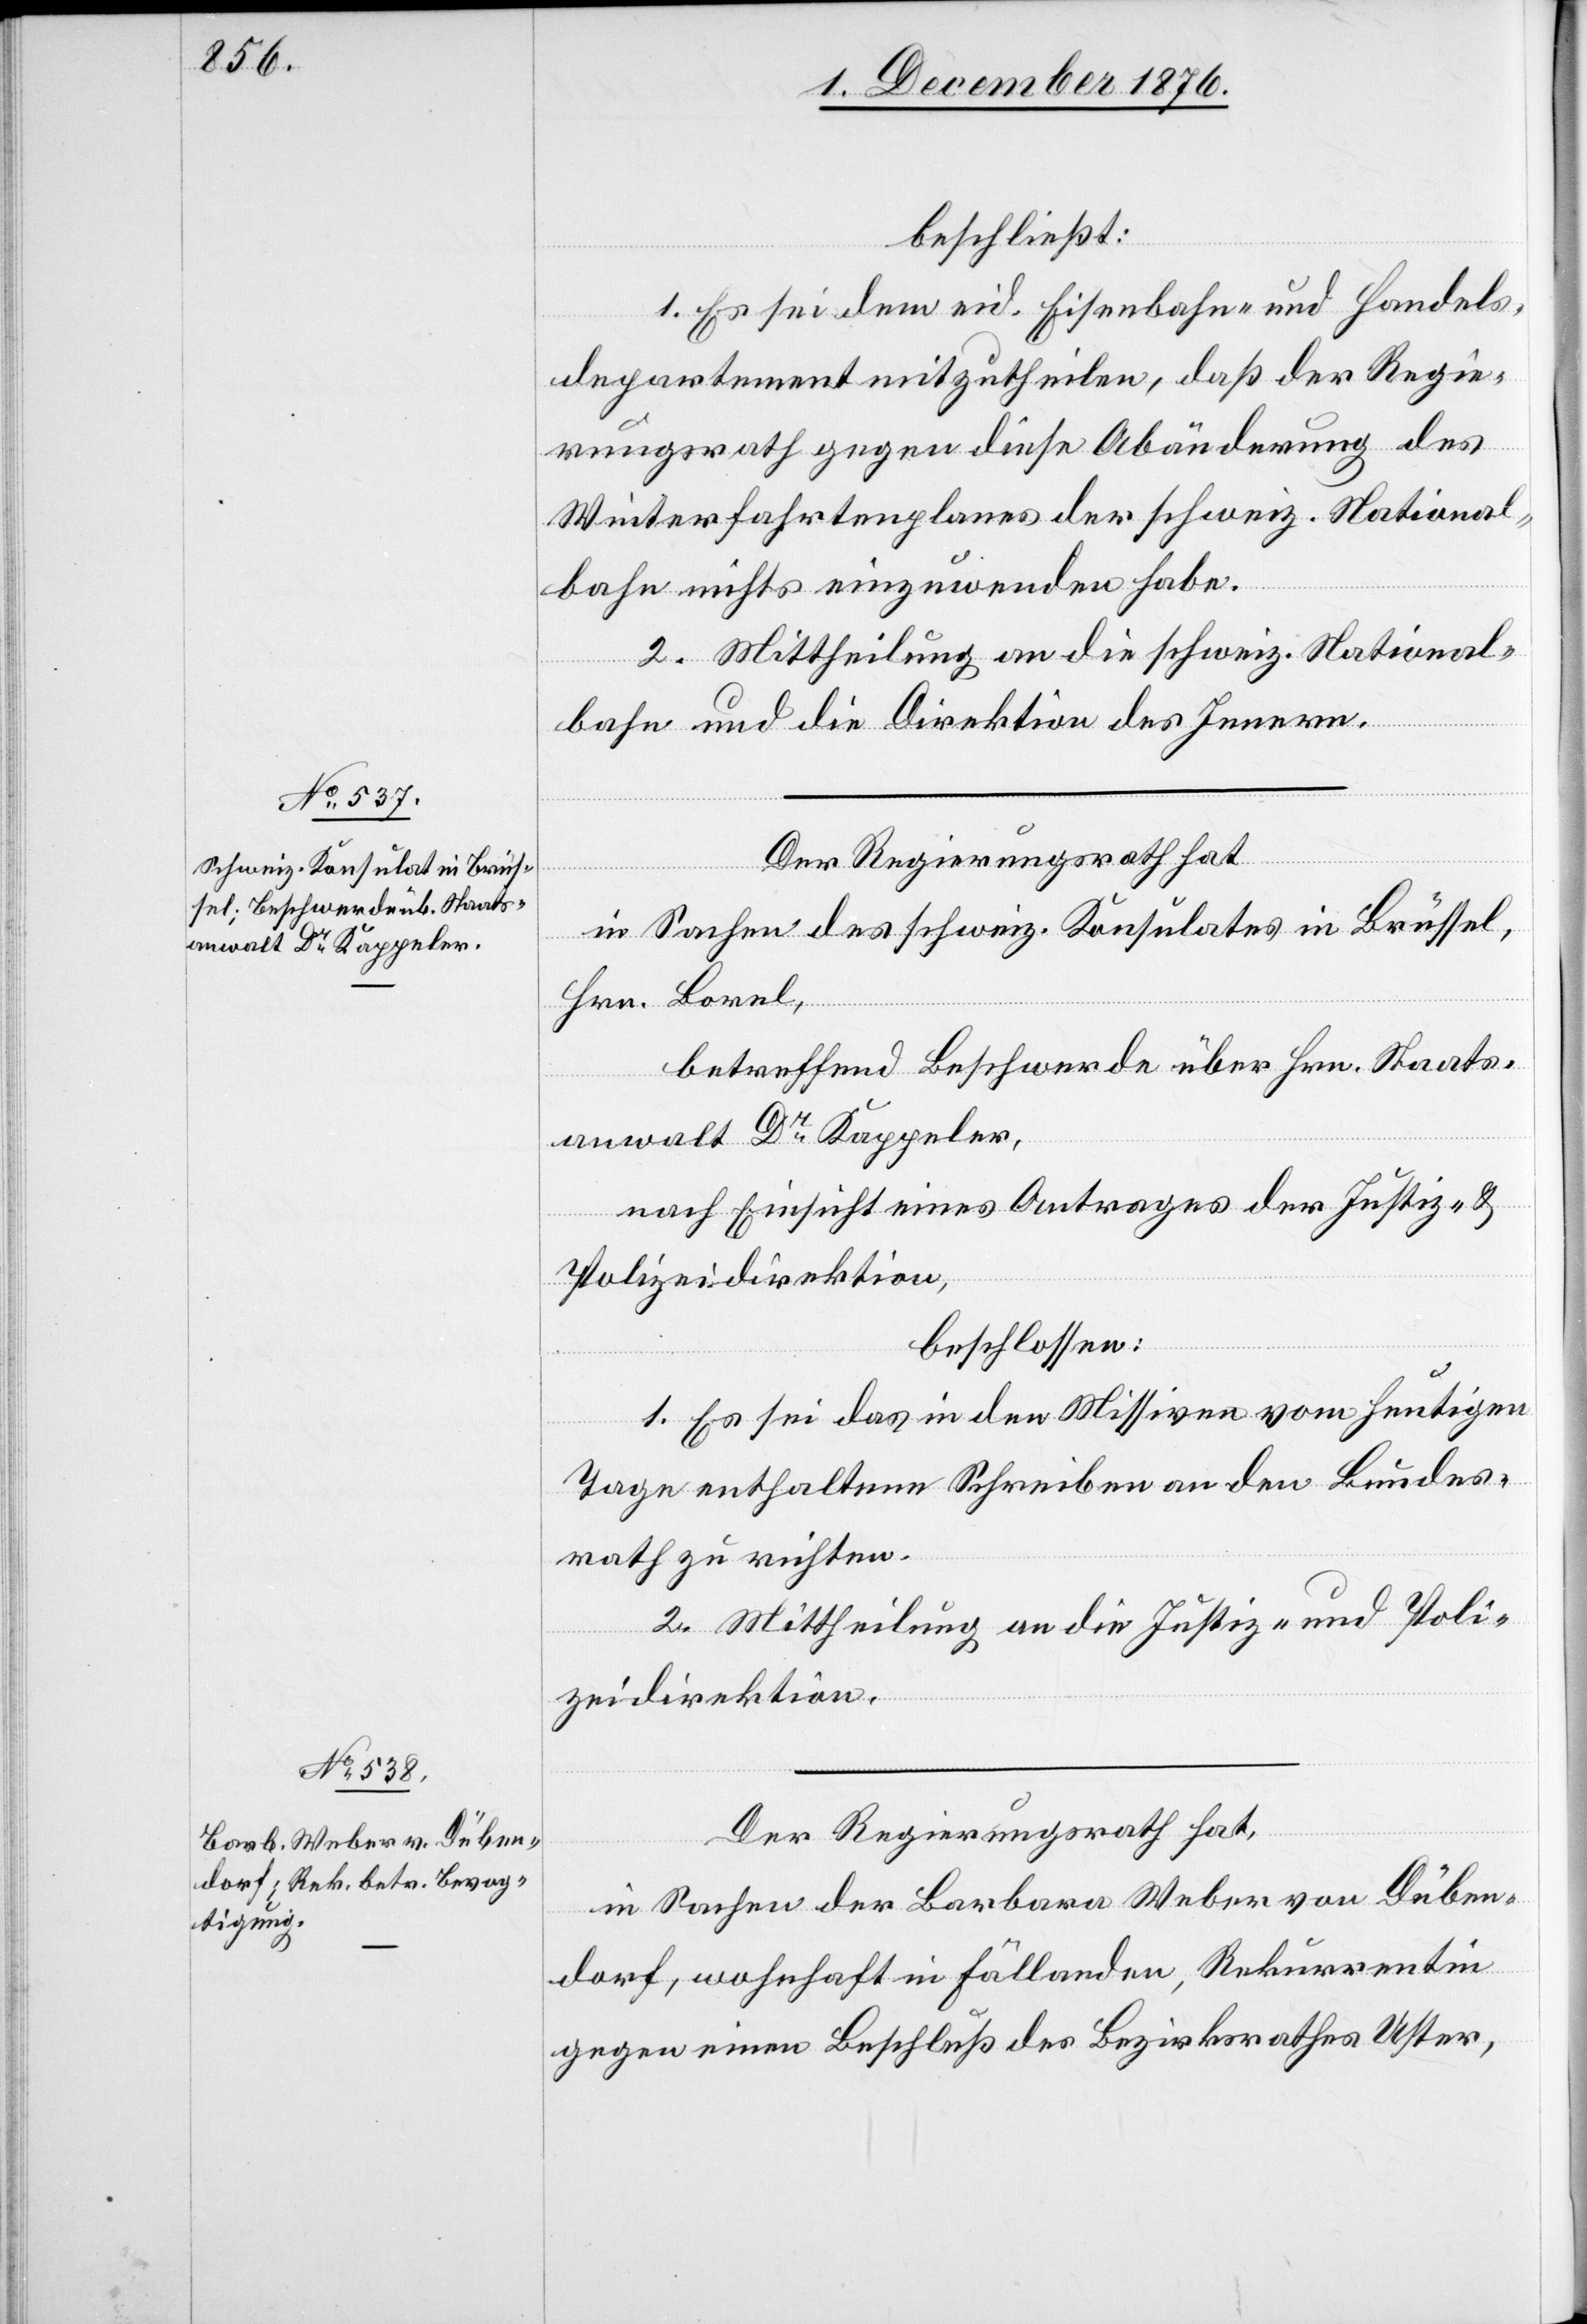
beschließt:
1. Es sei dem eid. Eisenbahn- und Handels¬
departement mitzutheilen, daß der Regie¬
rungsrath gegen diese Abänderung des
Winterfahrtenplanes der schweiz. National¬
bahn nichts einzuwenden habe.
2. Mittheilung an die schweiz. National¬
bahn und die Direktion des Innern.
Der Regierungsrath hat
in Sachen des schweiz. Konsulates in Brüssel,
Hrn. Borel,
betreffend Beschwerde über Hrn. Staats¬
anwalt Dr Kappeler,
nach Einsicht eines Antrages der Justiz- &
Polizeidirektion,
beschlossen:
1. Es sei das in den Missiven vom heutigen
Tage enthaltene Schreiben an den Bundes¬
rath zu richten.
2. Mittheilung an die Justiz- und Poli¬
zeidirektion.
in Sachen der Barbara Weber von Düben¬
dorf, wohnhaft in Fällanden, Rekurrentin
gegen einen Beschluß des Bezirksrathes Uster,